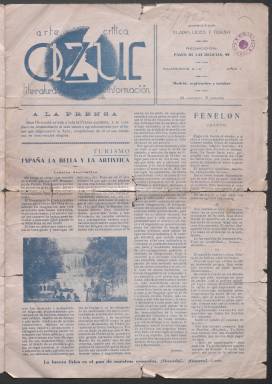
Título: Azul (Madrid)
Colección: Cultura
Ámbito geográfico: Madrid
Lugar de publicación: Madrid
Fechas: 01/09/1934-31/05/1935